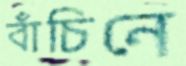
বাঁচিনে